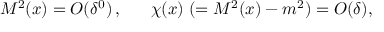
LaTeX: M ^ { 2 } ( x ) = O ( \delta ^ { 0 } ) \, , \; \; \; \; \; \; \chi ( x ) \; ( = M ^ { 2 } ( x ) - m ^ { 2 } ) = O ( \delta ) ,